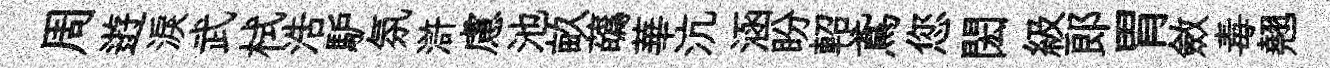
周逰淚武栻浩馿氛滸慮池畝蘤華沆涵盼軺鳶您閎級郎胃斂毒翹